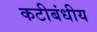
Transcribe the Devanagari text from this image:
कटीबंधीय